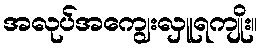
အလုပ်အကျွေးလှူရကျိုး။